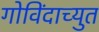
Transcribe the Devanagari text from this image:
गोविंदाच्युत